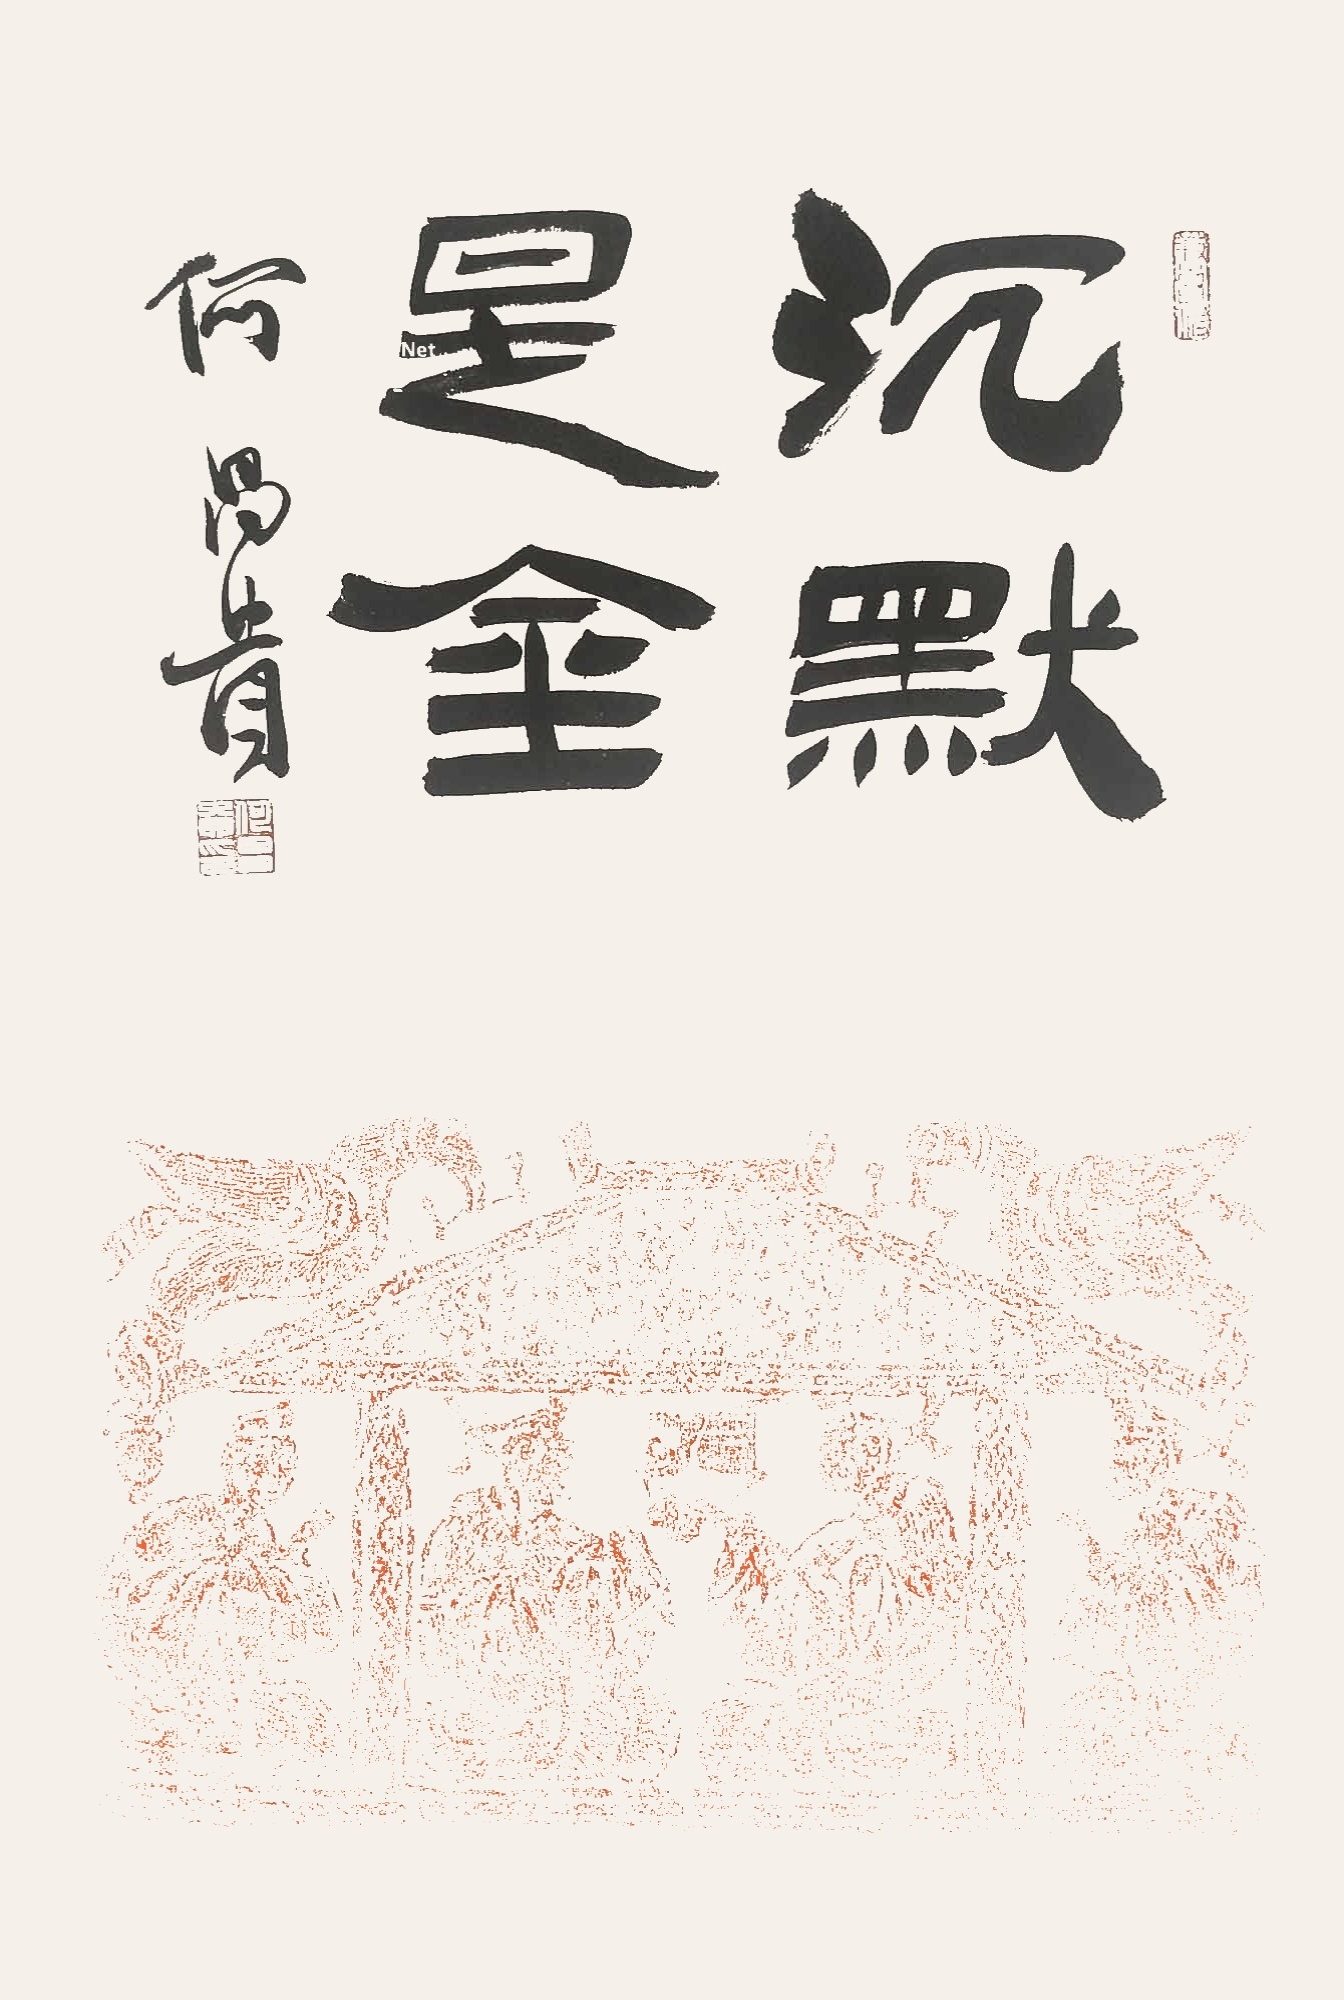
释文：沉默是金，何昌贵书。